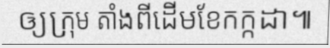
ឲ្យក្រុម តាំងពីដើមខែកក្កដា៕